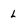
Character: L